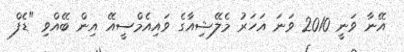
އޭނާ ވަނީ 2010 ވަނަ އަހަރު މެލޭޝިއާގެ ވައިއެމްސީއޭ އިން ބޭއްވި "ޑެފް